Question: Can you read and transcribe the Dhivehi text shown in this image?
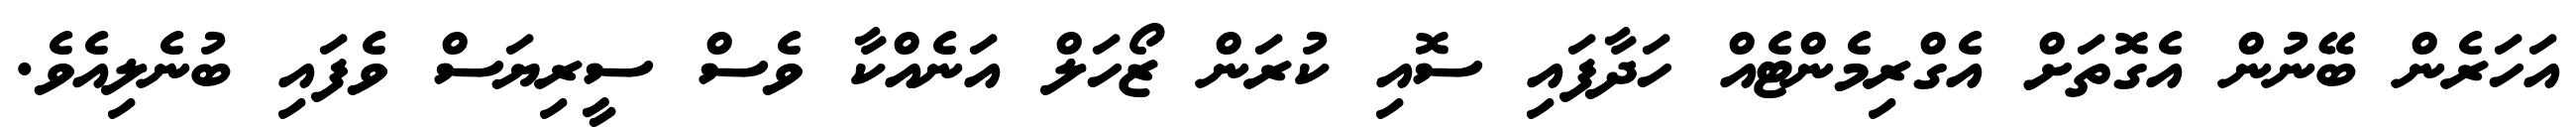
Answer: އަހަރެން ބޭނުން އެގޮތަށް އެގްރިމެންޓެއް ހަދާފައި ސޮއި ކުރަން ޒޯހަލް އަނެއްކާ ވެސް ސީރިޔަސް ވެފައި ބުނެލިއެވެ.